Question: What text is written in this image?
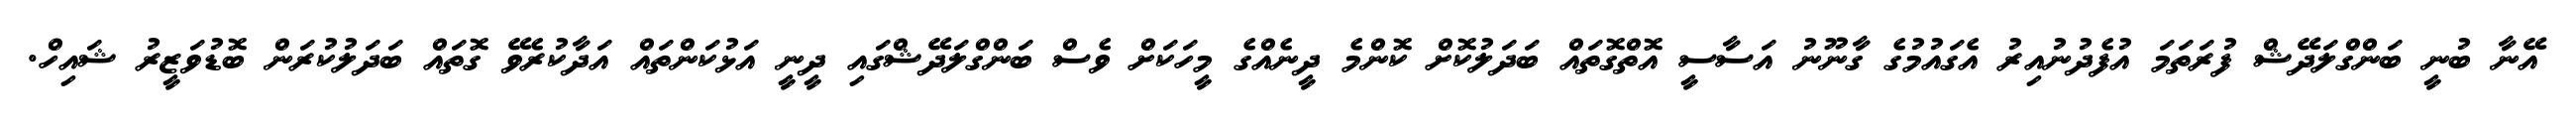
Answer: އޭނާ ބުނީ ބަންގްލަދޭޝް ފުރަތަމަ އުފެދުނުއިރު އެގައުމުގެ ގާނޫނު އަސާސީ އޮތްގޮތައް ބަދަލުކޮށް ކޮންމެ ދީނެއްގެ މީހަކަށް ވެސް ބަންގްލަދޭޝްގައި ދީނީ އަޅުކަންތައް އަދާކުރެވޭ ގޮތައް ބަދަލުކުރަން ބޮޑުވަޒީރު ޝައިހް.